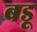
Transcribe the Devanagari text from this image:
बडू